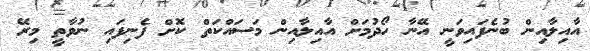
އާއިލާއިން ބުނެފައިވަނީ އޭނާ ހޯދުމަށް އާއިލާއިން މަސައްކަތް ކޮށް ފެނިފައި ނުވާތީ މިރޭ